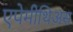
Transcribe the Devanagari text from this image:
एपेमीथिअस